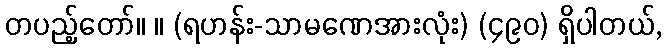
တပည့်တော်။ ။ (ရဟန်း-သာမဏေအားလုံး) (၄၉၀) ရှိပါတယ်,